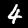
Digit: 4